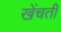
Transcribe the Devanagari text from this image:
खेंचती